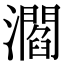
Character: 㶄